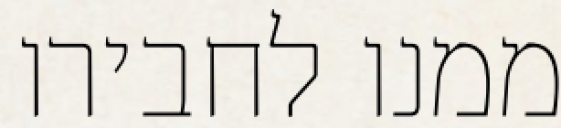
ממנו לחבירו